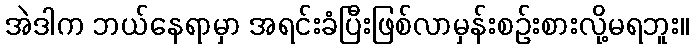
အဲဒါက ဘယ်နေရာမှာ အရင်းခံပြီးဖြစ်လာမှန်းစဉ်းစားလို့မရဘူး။